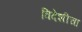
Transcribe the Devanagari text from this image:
विदेशीचा